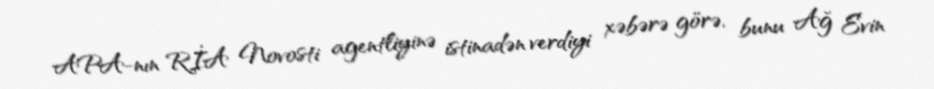
APA-nın RİA Novosti agentliyinə istinadən verdiyi xəbərə görə, bunu Ağ Evin